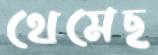
থেমেছ